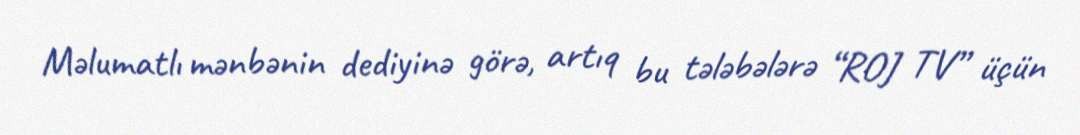
Məlumatlı mənbənin dediyinə görə, artıq bu tələbələrə “ROJ TV” üçün